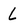
Character: L